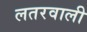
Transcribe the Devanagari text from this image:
लतरवाली